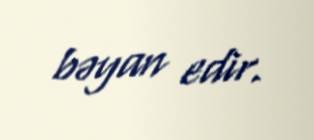
bəyan edir.